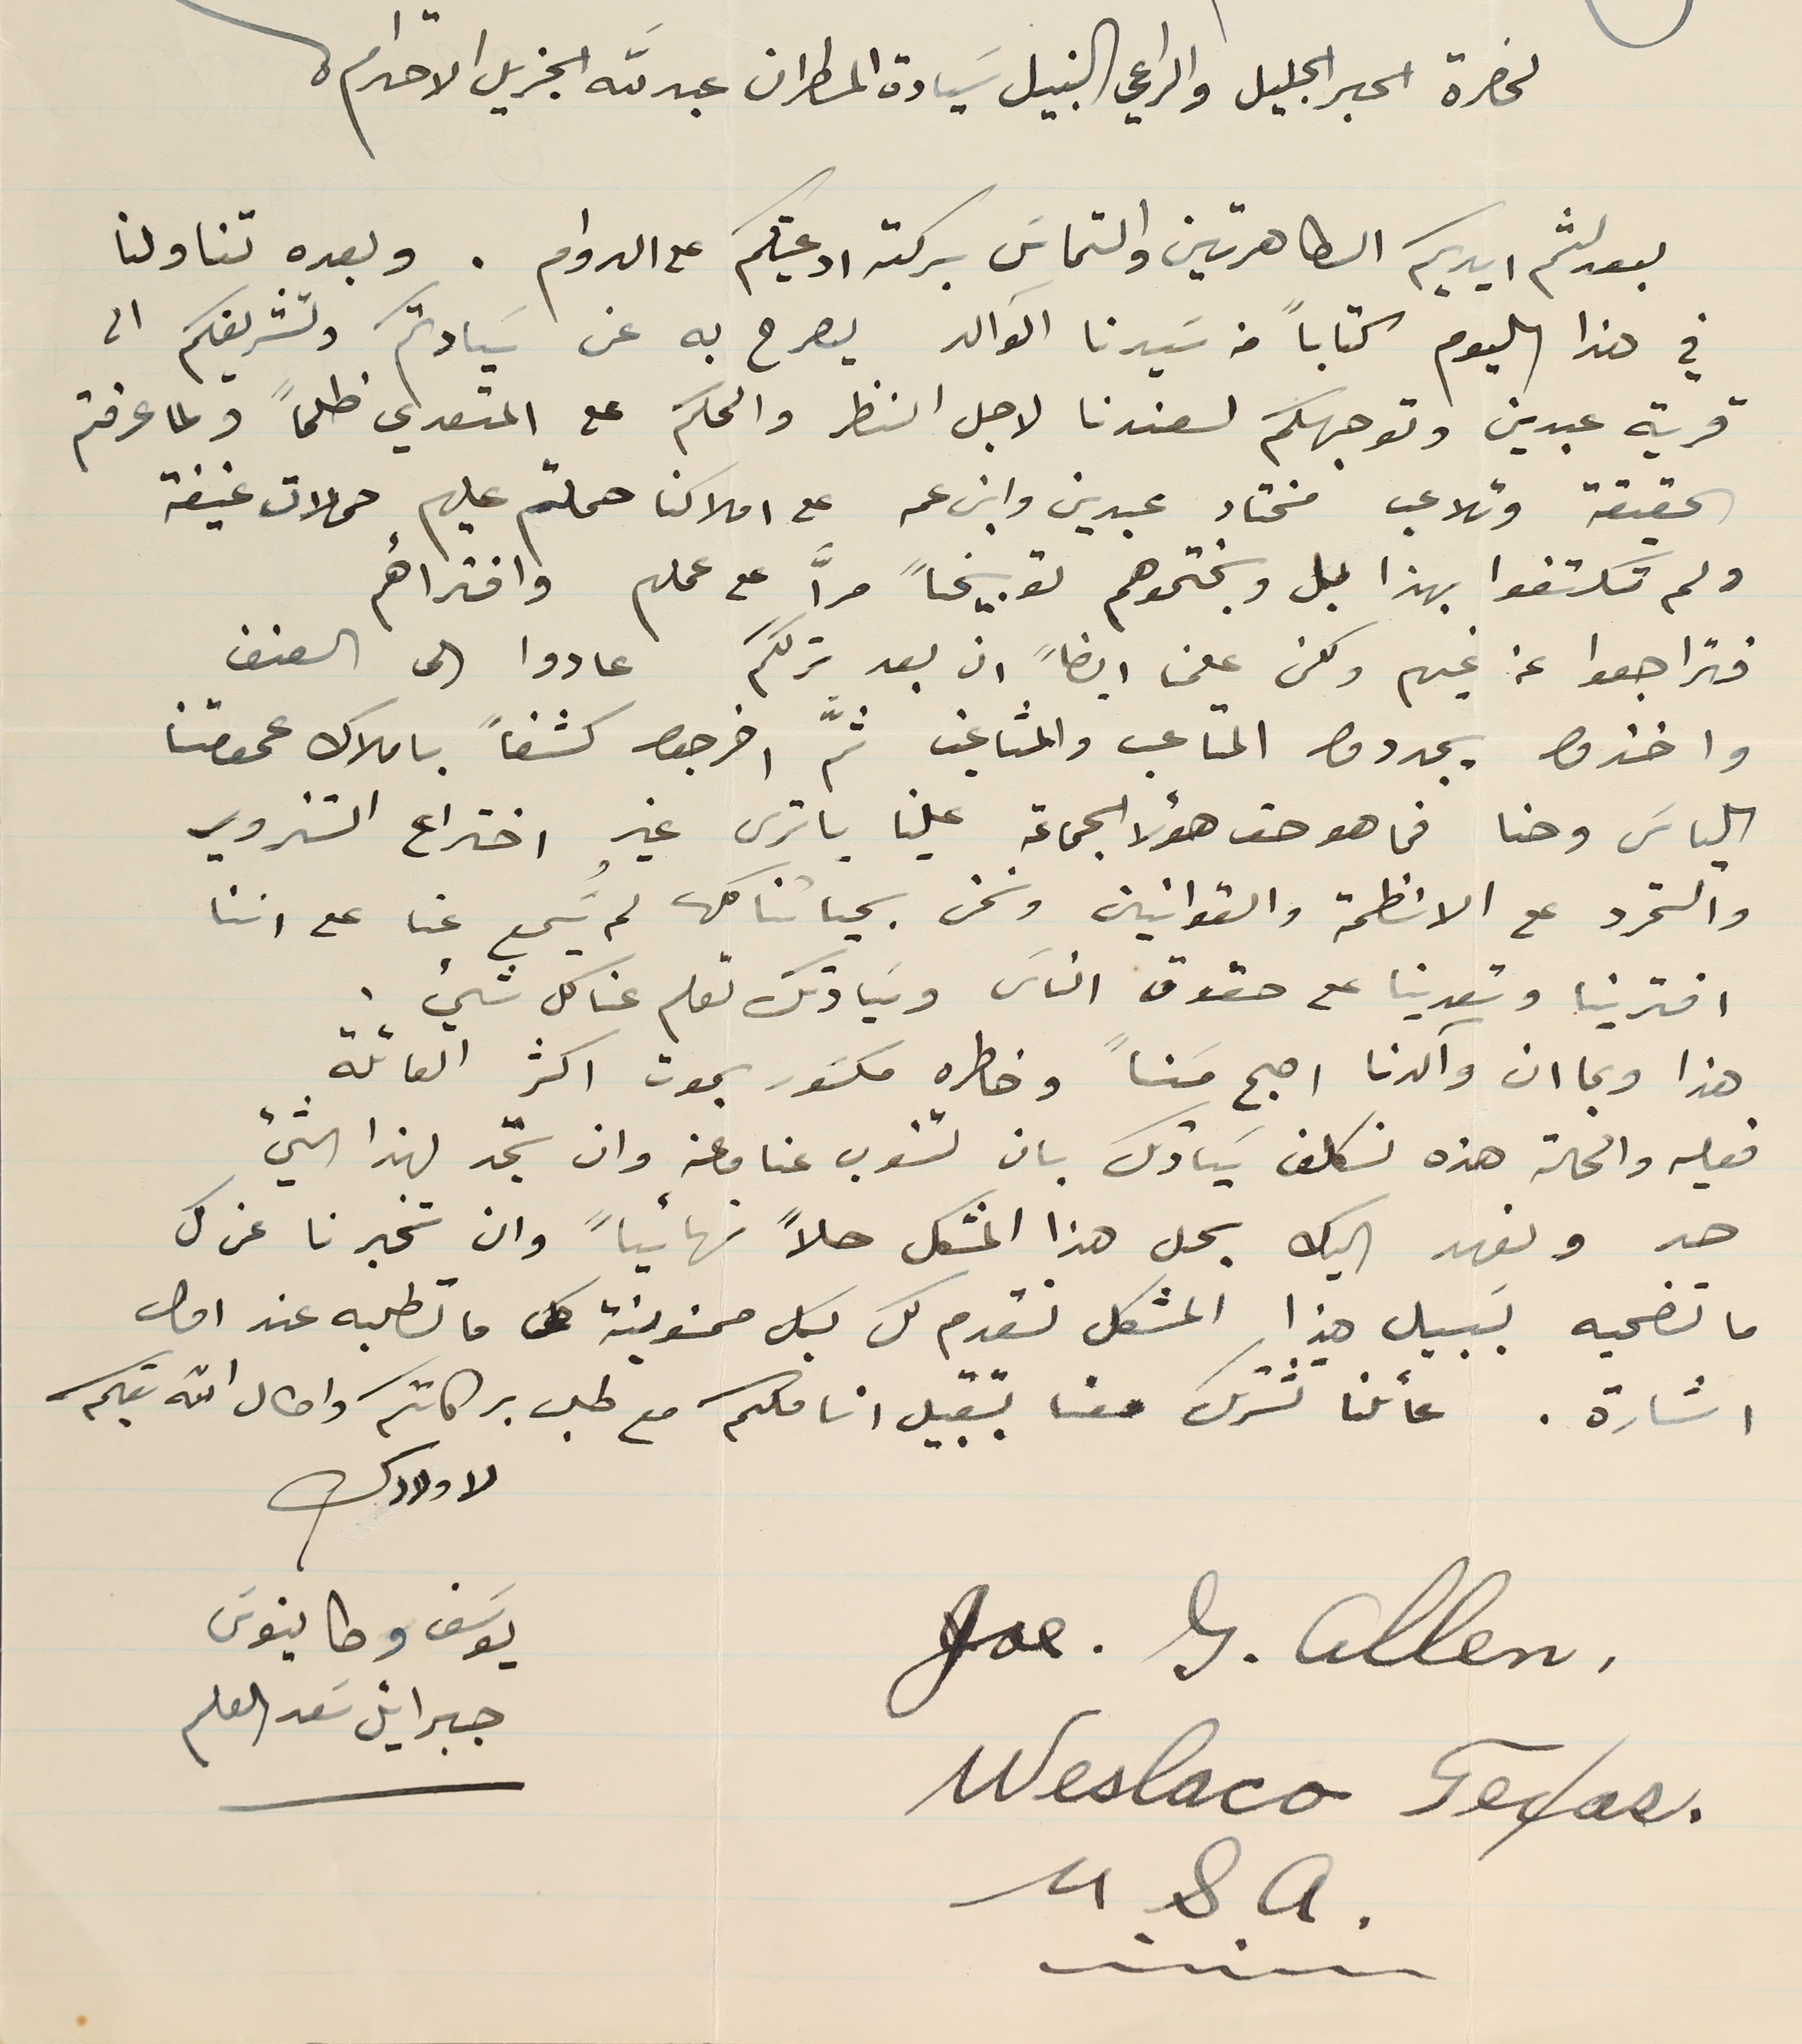
لحضرة الحبر الجليل والراعي النبيل سَيادة المطران عبدالله الجزيل الاحترام
بعد لثم ايديكم الطاهرتين والتماسَ بركة ادعيتكم على الدوام. وبعده تناولنا
في هذا اليوم كتاباً من سَيدنا الوالد يصرح به عن سَيادتكم وتشريفكم الى
 قرية عبدين وتوجهكم لعندنا لاجل النظر والحكم على المتعدي ظلماً ولما عرفتم
 الحقيقة وتلاعب مختار عبدين وابن عمه على املاكنا حملتم عليهم حملات عنيفة
 ولم تكتفوا بهذا بل وبختموهم توبيخاً مرّاَ على عملهم وافترأهم
 فتراجعوا عن غيهم ولكن علمنا ايضاً ان بعد ترككم عادوا الى العنف
 واخذوا يجددوا المتاعب والمشاغب ثمَّ اخرجوا كشفاً باملاك عمومتنا
 الياسَ وحنا فما هو حق هؤلا الجماعة علينا يا ترى غير اختراع التزوير
 والتمرد على الانظمة والقوانين ونحن بحياتنا كلها لم يُسَمع عنا على اننا
 افترينا وتعدينا على حقوق الناسَ وسَيادتك تعلم عنا كل شيء.
هذا وبما ان وآلدنا اصبح مسَناً وخاطره مكسَور بموت اكثر العائلة
 فعليه والحالة هذه نكلف سَيادتك بان تنوب عنا وعنه وان تجد لهذا الشيء
 حد ونعهد اليك بحل هذا المشكل حلاً نهائياً وان تخبرنا عن كل
 ما تضحيه بسَبيل هذا المشكل نقدم لك بكل ممنونية كل ما تطلبه عند اول
 اشارة. عائلنا تشترك معنا بتقبيل اناملكم مع طلب بركاتكم واطال الله بقاكم
لاولادك
.Joe. J. Allen
جبرائيل سَعد العلم
.Weslaco Texas
يوسَف وطانيوسَ
.U. S. A